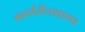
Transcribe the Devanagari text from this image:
कार्मर्थेनशायर